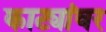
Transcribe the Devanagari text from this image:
काट्यांवर